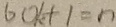
6 0 k + 1 = n